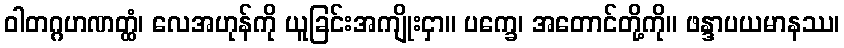
ဝါတဂ္ဂဟဏတ္ထံ၊ လေအဟုန်ကို ယူခြင်းအကျိုးငှာ။ ပက္ခေ၊ အတောင်တို့ကို။ ဖန္ဒာပယမာနဿ၊